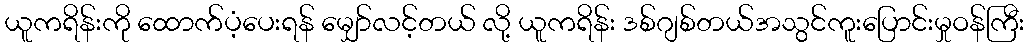
ယူကရိန်းကို ထောက်ပံ့ပေးရန် မျှော်လင့်တယ် လို့ ယူကရိန်း ဒစ်ဂျစ်တယ်အသွင်ကူးပြောင်းမှုဝန်ကြီး